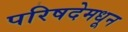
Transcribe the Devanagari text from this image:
परिषदेमधून